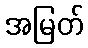
အမြတ်